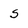
Character: s